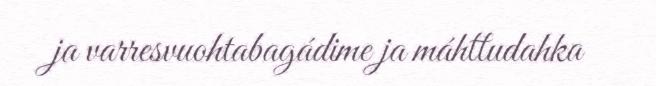
ja varresvuohtabagádime ja máhttudahka